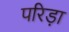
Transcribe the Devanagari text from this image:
परिड़ा